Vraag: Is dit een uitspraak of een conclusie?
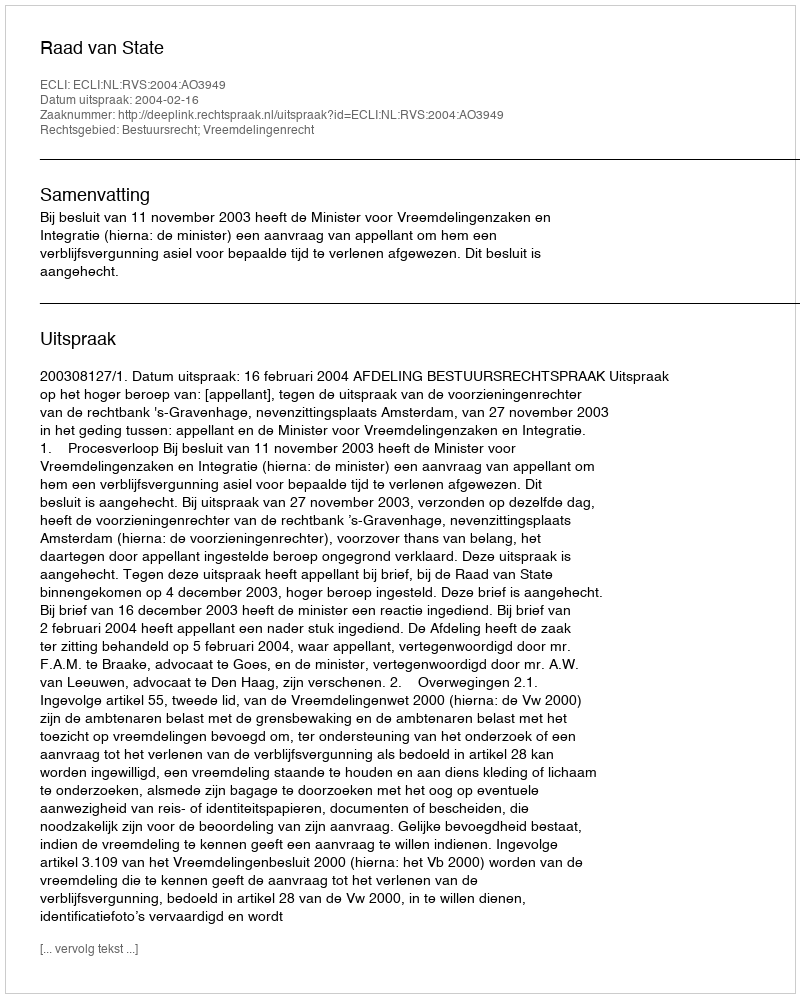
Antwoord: Uitspraak